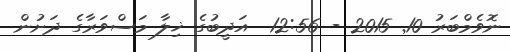
ނޮވެމްބަރު 10